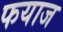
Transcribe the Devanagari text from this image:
फयाज